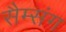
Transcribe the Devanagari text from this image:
सैम्संग